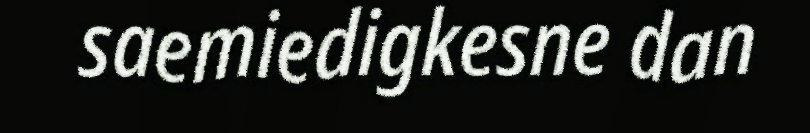
saemiedigkesne dan